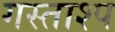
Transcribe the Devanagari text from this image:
गस्ताश्प